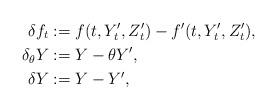
LaTeX: \begin{align*}\delta f_t &:= f(t, Y_t^\prime, Z_t^\prime)-f^\prime(t, Y_t^\prime, Z_t^\prime),\\ \delta_\theta Y &:= Y- \theta Y^\prime, \\ \delta Y &:= Y- Y^\prime,\end{align*}